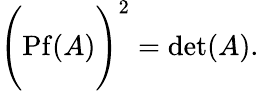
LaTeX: \Biggl(\mathrm{Pf}(A)\Biggr)^{2}=\mathrm{det}(A).